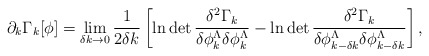
\begin{align*}\partial_k \Gamma_k[\phi] = \lim_{\delta k\to 0}\frac{1}{2\delta k} \left[\ln\det\frac{\delta^2 \Gamma_k}{\delta \phi^{\Lambda}_{k}\delta \phi^{\Lambda}_{k}}-\ln\det\frac{\delta^2 \Gamma_k}{\delta \phi^{\Lambda}_{k-\delta k}\delta \phi^{\Lambda}_{k-\delta k}}\right],\end{align*}